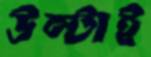
উল্টাই